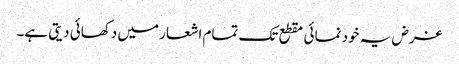
غرض یہ خود نمائی مقطع تک تمام اشعار میں دکھائی دیتی ہے۔